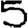
Digit: 5